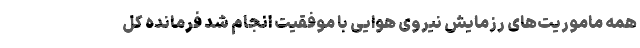
همه‌ ماموریت‌های رزمایش نیروی هوایی با موفقیت انجام شد فرمانده کل